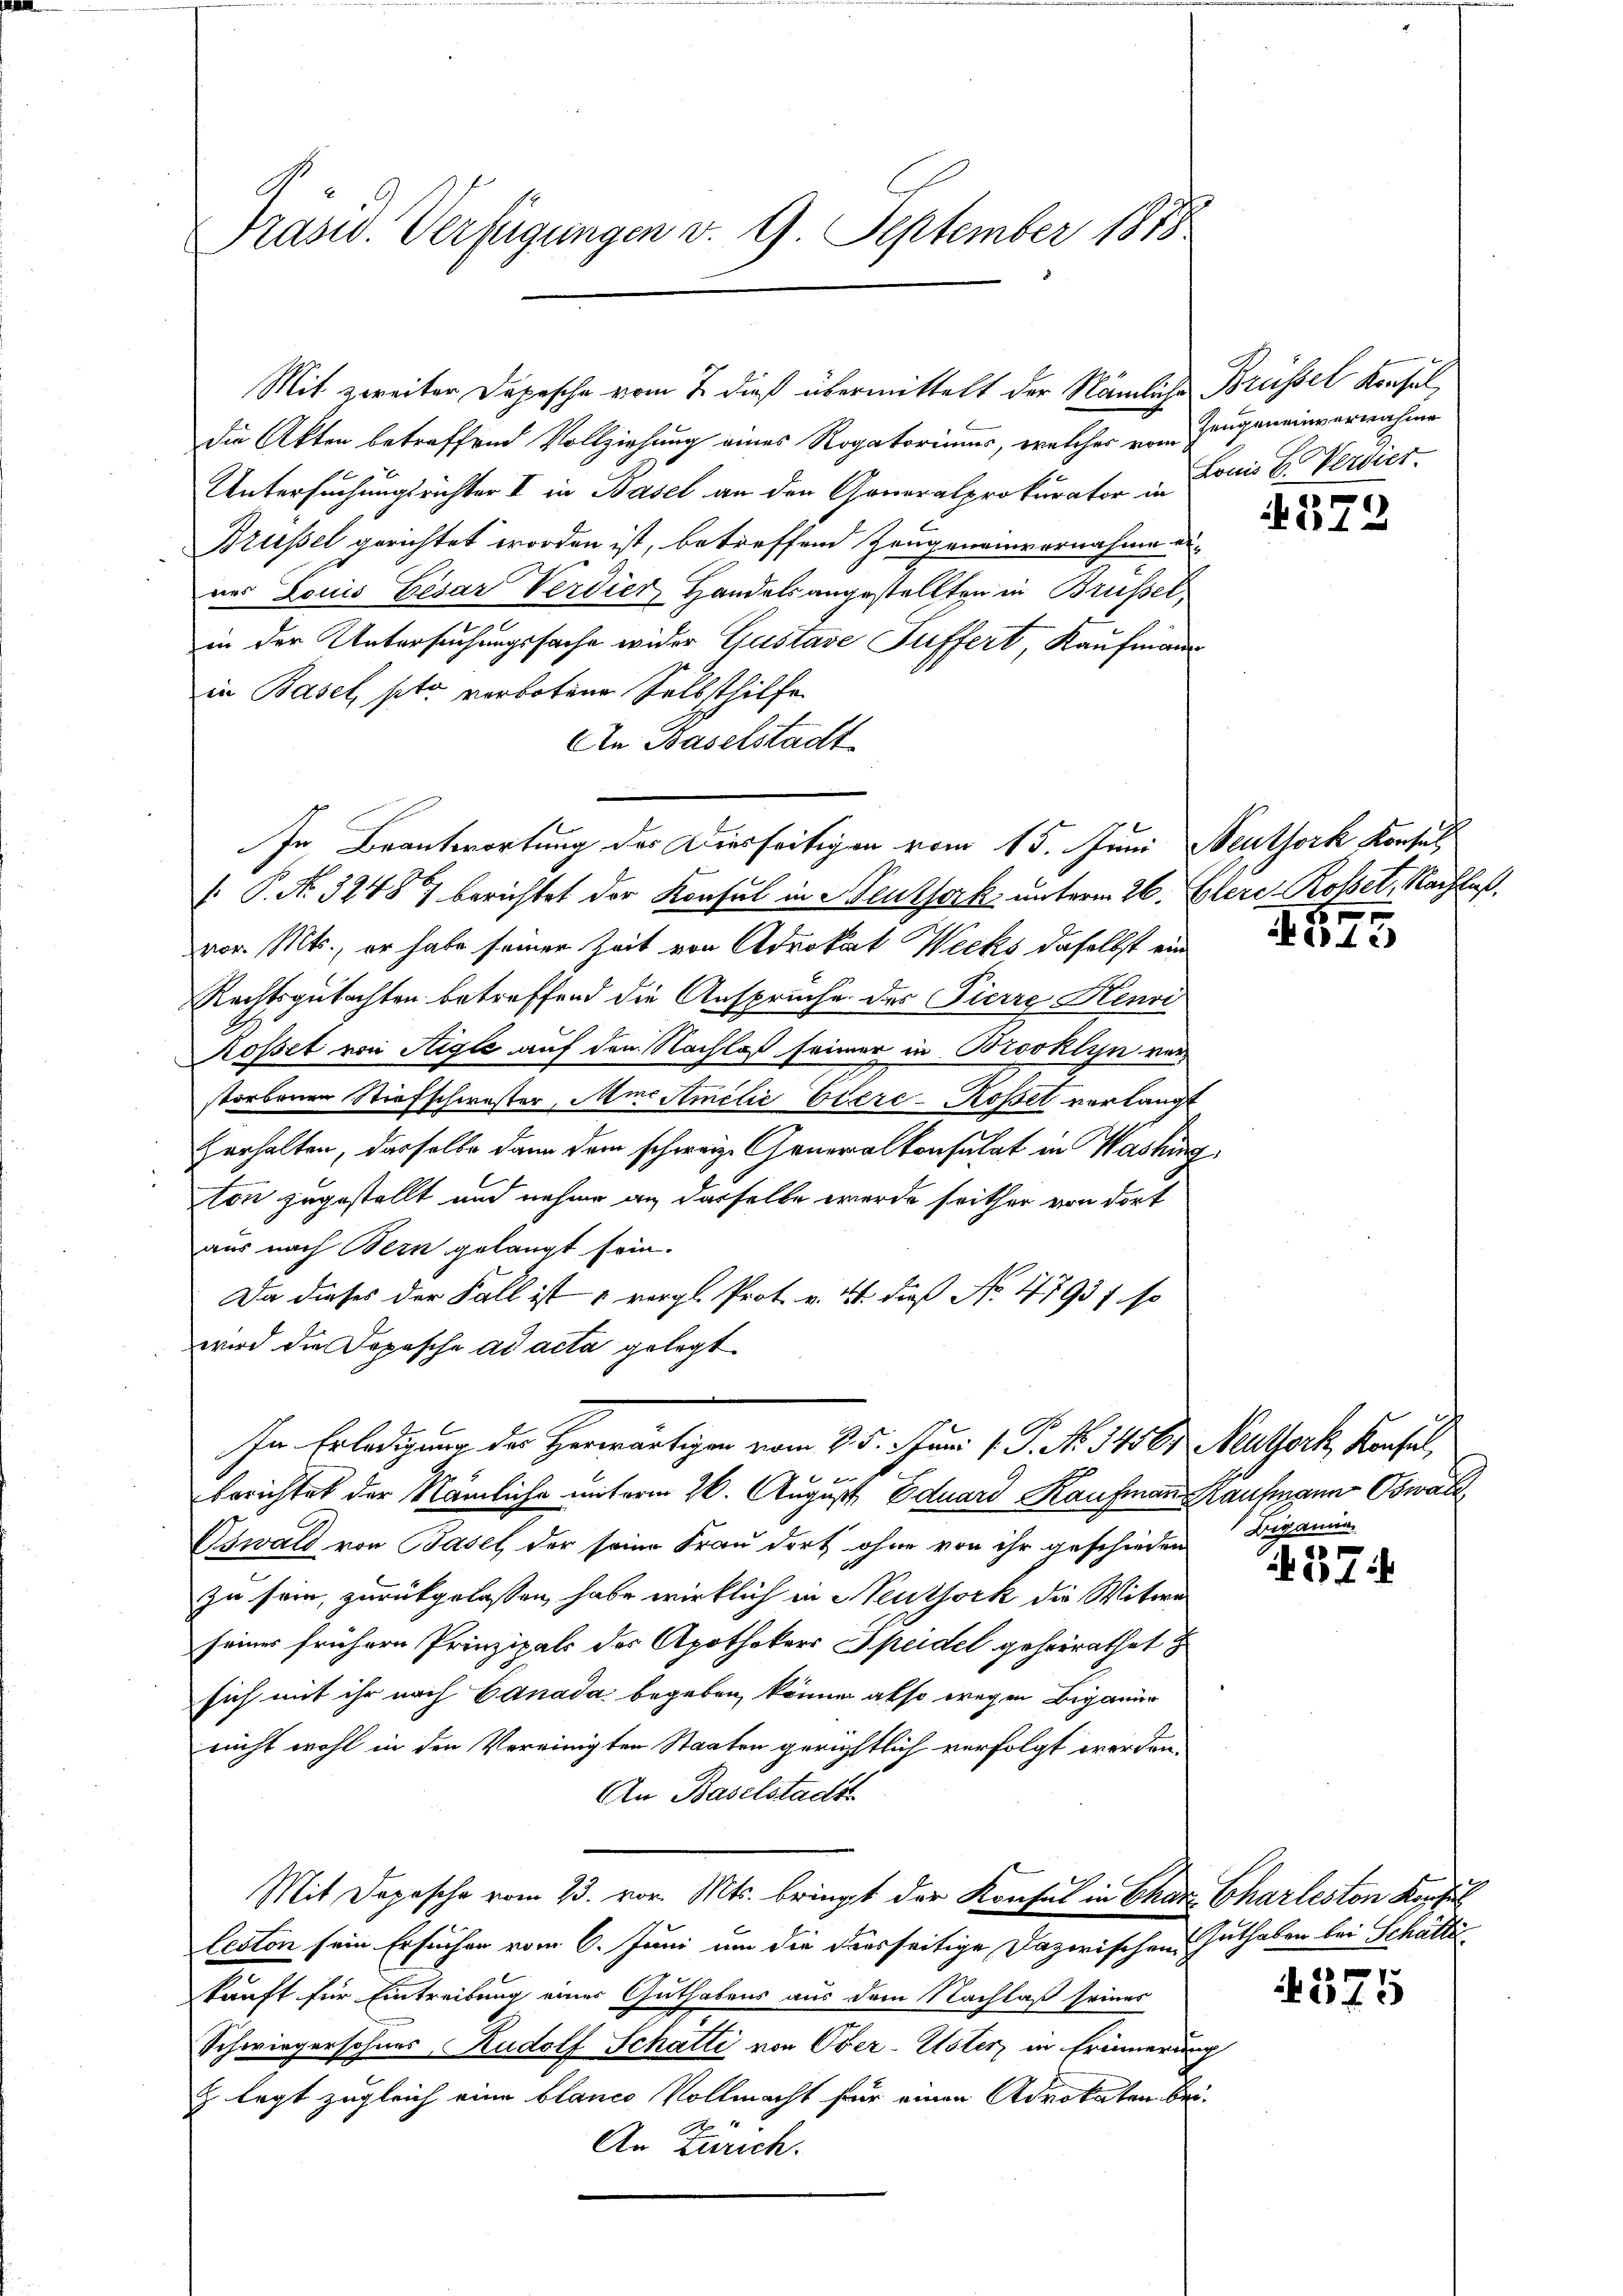
Präsid. Verfügungen v. 9. September 1818

die Akten betreffend Vollziehung eines Rogatoriums, welches vom Zeugeneinvernahme
Untersuchungsrichter I in Basel an den Generalprokurator in
Brüssel gerichtet worden ist, betreffend Zeugeneinvernahme ei
nes Louis Besar Verdier, Handels angestellten in Brüssel
m
in der Untersuchungssache wider Gustave Juffert, Kaufmann
in Basel, pto verbotene Selbsthilfe
An Baselstadt
. P. Nr. 32487 berichtet der Konsul in Neussork unterm 26. Glere Roset, Nachlaß,
vor. Mts., er habe seiner Zeit von Advokat Wecks daselbst ein
Rechtsgutachten betreffend die Anspruche des Pierre Henri
Rossel von Aigle auf den Nachlaß seiner in Brooklyn ver
storbenen Stiefschwester, MieStmelić Etère-Kopet vorlangt
Verhalten, dasselbe dann dem schweiz. Generalkonsulat in Washing
ton zugestellt und nahme an dasselbe werde seither von dort
aus nach Bern gelangt sein.
Da dieses der Fall ist vergl. Prot. v. 21. daß No 4793 f. so
wird die Dopasche ad acta gelegt
In Erledigung der Herwärtigen vom 3. 5. Juni v. J. N. 1456. Mauthork, Konsul,
berichtet der Nämliche unterm 26. August Eduard Kaufmann Kaufmann Oswald
Oswald von Basel der seine Frau dort ohne von ihr geschieden
zu sein, zurückgelassen, habe wirklich in Neuthork die Witwe
seines frühern Prinzipals der Apothekars Speidel geheirathet i
sich mit ihr nach Canada begeben, können also wegen Beganur
nicht wohl in den Vereinigten Staaten gerichtlich verfolgt werden.
An Baselstadt
Mit Depesche vom 23. vor. Mts. bringt der Konsul in Char Charleston Kopfs
leston sein Ersucher vom 6. Juni um die dresseitige Dazwischen Guthaben bei Schätte
kunft für Eintreibung eines Guthabens aus dem Nachlaß seines
Schwiegersohnes Rudolf Schatti von Ober-Uster in Erinnerung
& legt zugleich eine blanco Vollmacht für einen Advokaten bei.
An Zürich.

Mit zweiter Depesche vom 7. dieß übermittelt der Nämliche Brüssel Konsul

In Beantwortung des Diesseitigen vom 15. Juni Neuthork Konsul

Lonis b. Vertier.

572

8

ikirc

Beganne.

437.

e

er
Perfi